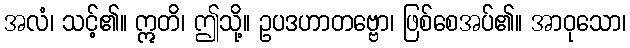
အလံ၊ သင့်၏။ ဣတိ၊ ဤသို့။ ဥပဒဟာတဗ္ဗော၊ ဖြစ်စေအပ်၏။ အာဝုသော၊